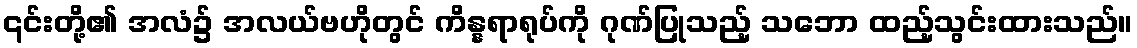
၎င်းတို့၏ အလံ၌ အလယ်ဗဟိုတွင် ကိန္နရာရုပ်ကို ဂုဏ်ပြုသည့် သဘော ထည့်သွင်းထားသည်။